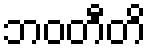
ဘဝတီတိ